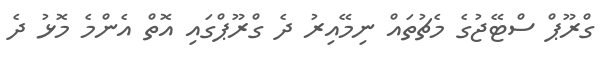
ގްރޫޕް ސްޓޭޖުގެ މެޗުތައް ނިމޭއިރު ދެ ގްރޫޕްގައި އޮތް އެންމެ މޮޅު ދެ